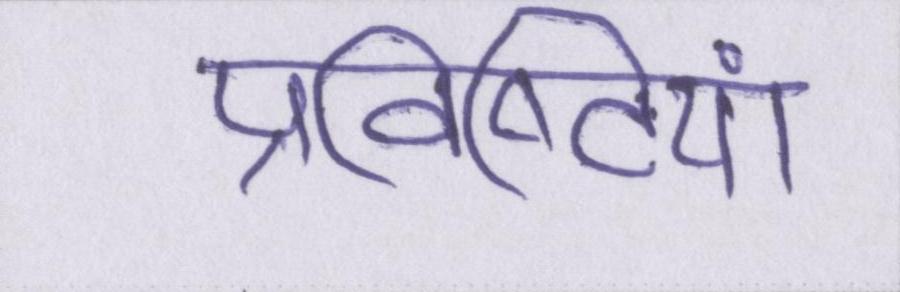
प्रविष्टियां